Civil Veterinary Department Bihar & Orissa reports 1911-21 - 1911-1921
Year: 1911
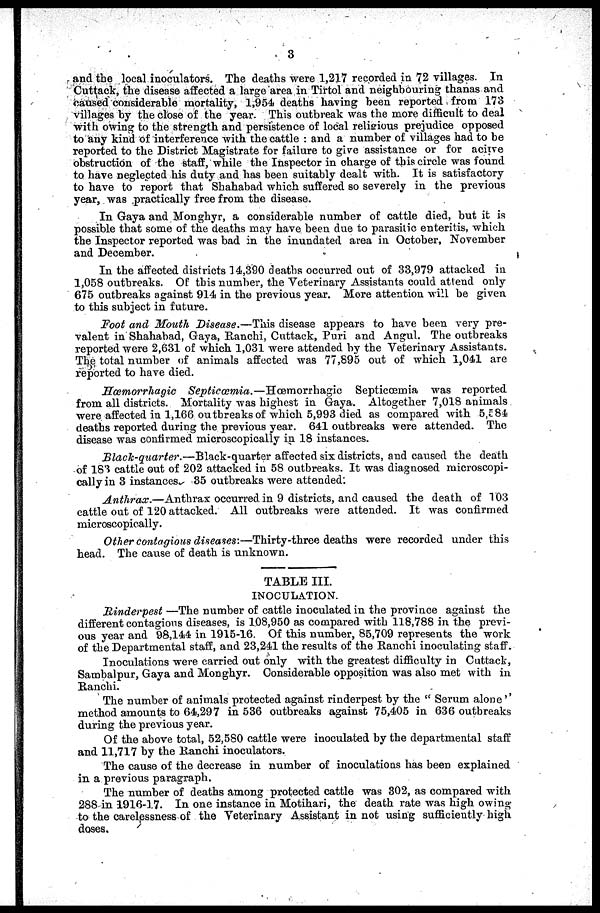
3
and the local inoculators. The deaths were 1,217 recorded in 72 villages. In
Cuttack, the disease affected a large area in Tirtol and neighbouring thanas and
caused considerable mortality, 1,954 deaths having been reported from 173
villages by the close of the year. This outbreak was the more difficult to deal
with owing to the strength and persistence of local religious prejudice opposed
to any kind of interference with the cattle : and a number of villages had to be
reported to the District Magistrate for failure to give assistance or for active
obstruction of the staff, while the Inspector in charge of this circle was found
to have neglected his duty and has been suitably dealt with. It is satisfactory
to have to report that Shahabad which suffered so severely in the previous
year, was practically free from the disease.
In Gaya and Monghyr, a considerable number of cattle died, but it is
possible that some of the deaths may have been due to parasitic enteritis, which
the Inspector reported was bad in the inundated area in October, November
and December.
In the affected districts 14,390 deaths occurred out of 33,979 attacked in
1,058 outbreaks. Of this number, the Veterinary Assistants could attend only
675 outbreaks against 914 in the previous year. More attention will be given
to this subject in future.
Foot and Mouth Disease.—This disease appears to have been very pre-
valent in Shahabad, Gaya, Ranchi, Cuttack, Puri and Angul. The outbreaks
reported were 2,631 of which 1,031 were attended by the Veterinary Assistants.
The total number of animals affected was 77,895 out of which 1,041 are
reported to have died.
Hæmorrhagic
Septicæmia.—Hæmorrhagic
Septicæmia was reported
from all districts. Mortality was highest in Gaya. Altogether 7,018 animals
were affected in 1,166 outbreaks of which 5,993 died as compared with 5,584
deaths reported during the previous year. 641 outbreaks were attended. The
disease was confirmed microscopically in 18 instances.
Black-quarter.—Black-quarter
affected six districts, and caused the death
of 183 cattle out of 202 attacked in 58 outbreaks. It was diagnosed microscopi-
cally in 3 instances
35 outbreaks were attended:
Anthrax.—Anthrax
occurred in 9 districts, and caused the death of 103
cattle out of 120 attacked. All outbreaks were attended. It was confirmed
microscopically.
Other contagions diseases:—Thirty-three
deaths were recorded under this
head. The cause of death is unknown.
TABLE III.
INOCULATION.
Rinderpest —The number of cattle inoculated in the province against the
different contagious diseases, is 108,950 as compared with 118,788 in the previ-
ous year and 98,144 in 1915-16. Of this number, 85,709 represents the work
of the Departmental staff, and 23,241 the results of the Ranchi inoculating staff.
Inoculations were carried out only with the greatest difficulty in Cuttack,
Sambalpur, Gaya and Monghyr. Considerable opposition was also met with in
Ranchi.
The number of animals protected against rinderpest by the " Serum alone''
method amounts to 64,297 in 536 outbreaks against 75,405 in 636 outbreaks
during the previous year.
Of the above total, 52,580 cattle were inoculated by the departmental staff
and 11,717 by the Ranchi inoculators.
The cause of the decrease in number of inoculations has been explained
in a previous paragraph.
The number of deaths among protected cattle was 302, as compared with
288 in 1916-17. In one instance in Motihari, the death rate was high owing
to the carelessness of the Veterinary Assistant in not using sufficiently high
doses.